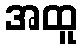
အထူ